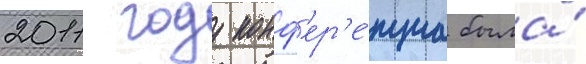
2011 году конф'ер'е́нциа была́